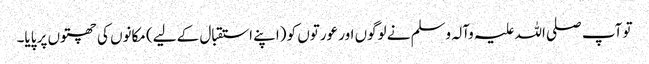
تو آپ صلی اللہ علیہ وآلہ وسلم نے لوگوں اور عورتوں کو (اپنے استقبال کے لیے) مکانوں کی چھتوں پر پایا۔